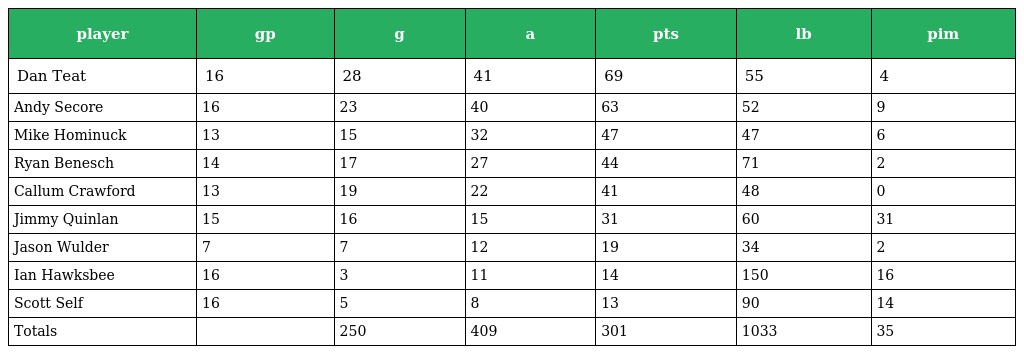
| player | gp | g | a | pts | lb | pim |
 | --- | --- | --- | --- | --- | --- | --- |
 | Dan Teat | 16 | 28 | 41 | 69 | 55 | 4 |
 | Andy Secore | 16 | 23 | 40 | 63 | 52 | 9 |
 | Mike Hominuck | 13 | 15 | 32 | 47 | 47 | 6 |
 | Ryan Benesch | 14 | 17 | 27 | 44 | 71 | 2 |
 | Callum Crawford | 13 | 19 | 22 | 41 | 48 | 0 |
 | Jimmy Quinlan | 15 | 16 | 15 | 31 | 60 | 31 |
 | Jason Wulder | 7 | 7 | 12 | 19 | 34 | 2 |
 | Ian Hawksbee | 16 | 3 | 11 | 14 | 150 | 16 |
 | Scott Self | 16 | 5 | 8 | 13 | 90 | 14 |
 | Totals |  | 250 | 409 | 301 | 1033 | 35 |